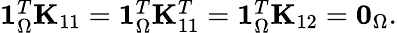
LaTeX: \begin{array}{r}{\mathbf{1}_{\Omega}^{T}\mathbf{K}_{11}=\mathbf{1}_{\Omega}^{T}\mathbf{K}_{11}^{T}=\mathbf{1}_{\Omega}^{T}\mathbf{K}_{12}=\mathbf{0}_{\Omega}.}\end{array}